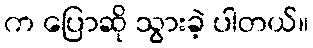
က ပြောဆို သွားခဲ့ ပါတယ်။